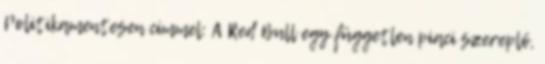
Politikamentesen címmel: A Red Bull egy független piaci szereplő,